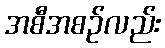
အစီအစဉ်လည်း